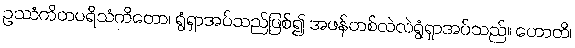
ဥဿံကိတပရိသံကိတော၊ ရွံရှာအပ်သည်ဖြစ်၍ အဖန်တစ်လဲလဲရွံရှာအပ်သည်။ ဟောတိ၊